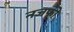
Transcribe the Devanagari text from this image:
नजफी